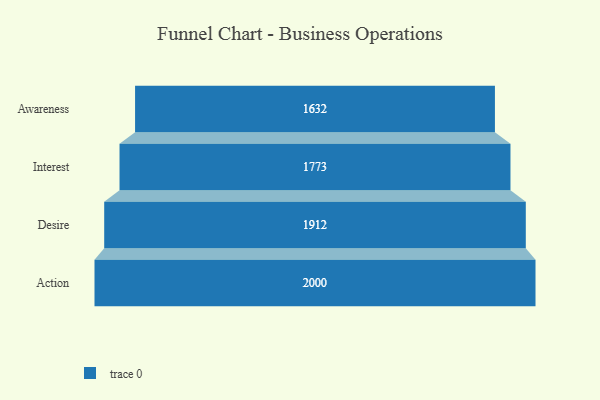
{"axis": {"x": "Stage", "y": "Value"}, "legend": [""], "data": [{"x": "Awareness", "y": 1632.0, "type": ""}, {"x": "Interest", "y": 1773.0, "type": ""}, {"x": "Desire", "y": 1912.0, "type": ""}, {"x": "Action", "y": 2000, "type": ""}]}